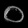
Digit: ၀